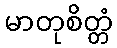
မာတုစိတ္တံ